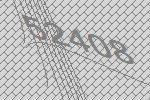
52408